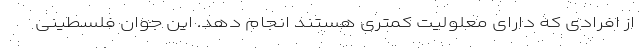
از افرادی که دارای معلولیت کمتری هستند انجام دهد. این جوان فلسطینی